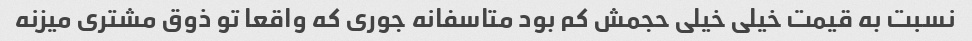
نسبت به قیمت خیلی خیلی حجمش کم بود متاسفانه جوری که واقعا تو ذوق مشتری میزنه